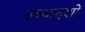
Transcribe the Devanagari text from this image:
उच्चादर्शों